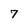
Character: 7